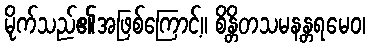
မိုက်သည်၏အဖြစ်ကြောင့်။ စိန္တိတသမနန္တရမေဝ၊